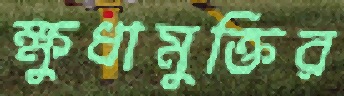
ক্ষুধামুক্তির